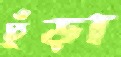
ঢুঁড়া